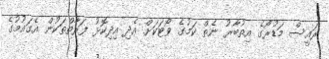
ރައީސް މަޑުރޯގެ އިތުބާރު ނެތް ކަމުގެ ވޯޓަކަށް އެދި އިދިކޮޅު ފަރާތްތަކުން އެގައުމުގެ